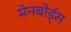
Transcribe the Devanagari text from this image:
मेनबोर्ड्स